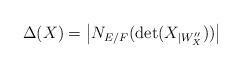
LaTeX: \begin{align*}\displaystyle \Delta(X)=\left\lvert N_{E/F}(\det(X_{\mid W''_X}))\right\rvert\end{align*}